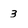
Character: 3